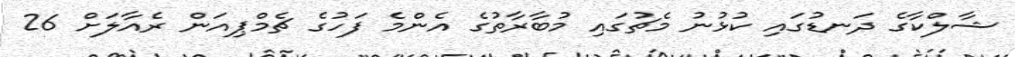
ޝާލްކާގެ ދަނޑުގައި ކުޅުނު މެޗުގައި މުބާރާތުގެ އެންމެ ފަހުގެ ޗެމްޕިއަން ރެއާލަށް 26